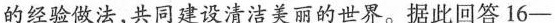
的经验做法，共同建设清洁美丽的世界。据此回答16—